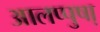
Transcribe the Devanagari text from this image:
आलप्पुषा़